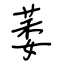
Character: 萎